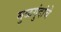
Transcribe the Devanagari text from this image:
मुळगुंदांचे